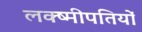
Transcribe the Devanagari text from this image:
लक्ष्मीपतियों